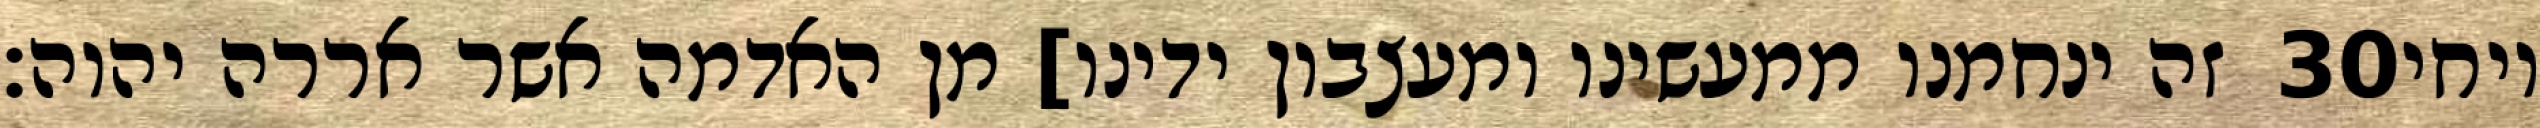
זה ינחמנו ממעשינו ומעצבון ידינו] מן האדמה אשר אררה יהוה׃ ‎30‏ ויחי